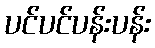
ပင်ပင်ပန်းပန်း